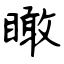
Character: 瞰